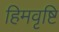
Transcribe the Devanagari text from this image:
हिमवृष्टि